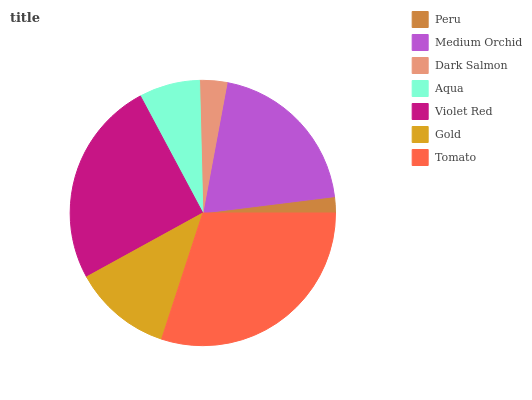
| Peru | Medium Orchid | Dark Salmon | Aqua | Violet Red | Gold | Tomato |
 | --- | --- | --- | --- | --- | --- | --- |
 | 1.96% | 20.1% | 3.33% | 7.42% | 25.2% | 12% | 30.1% |